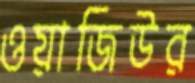
ওয়াজিউর